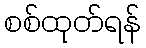
စစ်ထုတ်ရန်